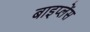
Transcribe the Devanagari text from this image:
बाइप्‍लेंस